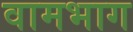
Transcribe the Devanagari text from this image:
वामभाग